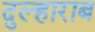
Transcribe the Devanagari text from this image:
दुल्हाराब